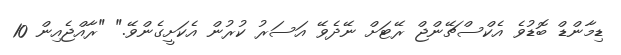
ޑިމާންޑް ބޮޑުވެ އެކްސްޗޭންޖް ރޭޓަށް ނޭދެވޭ އަސަރު ކުރުން އެކަށީގެންވޭ." "ރާއްޖެއިން 10